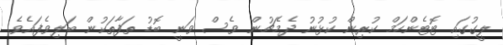
ލީގުގައި ޓޮޓެންހަމް ކުރިން ކުޅުނު ދެމެޗުން ވެސް ވަނީ ބޮޑު ތަފާތަކުން ބަލިވެފައެވެ.